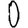
Digit: 0